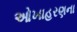
ઓખાહરણના